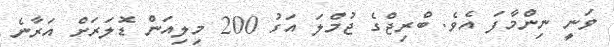
ވަނީ ނިންމާފަ އެވެ. ބްރިޖްގެ ޖުމްލަ އަގު 200 މިލިއަން ޑޮލަރަށް އަރާނެ